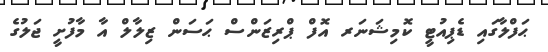
ޙަފްލާގައި ޑެޕިއުޓީ ކޮމިޝަނަރ އޮފް ޕްރިޒަންސް ޙަސަން ޒިލާލް އާ މާފުށީ ޖަލުގެ